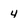
Character: 4